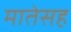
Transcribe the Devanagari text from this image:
मातेसह